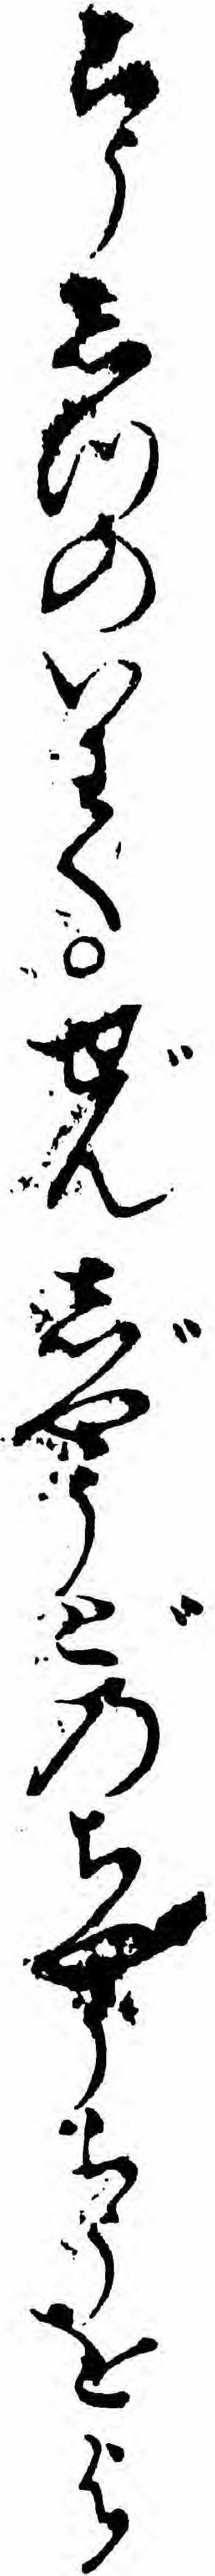
こうしつのいわくぜんじやうどのちやうらうをよ